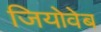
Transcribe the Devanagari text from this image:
जियोवेब